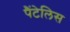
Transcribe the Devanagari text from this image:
पैंटेलिस